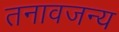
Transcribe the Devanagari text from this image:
तनावजन्य